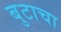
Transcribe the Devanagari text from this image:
बुटाचा